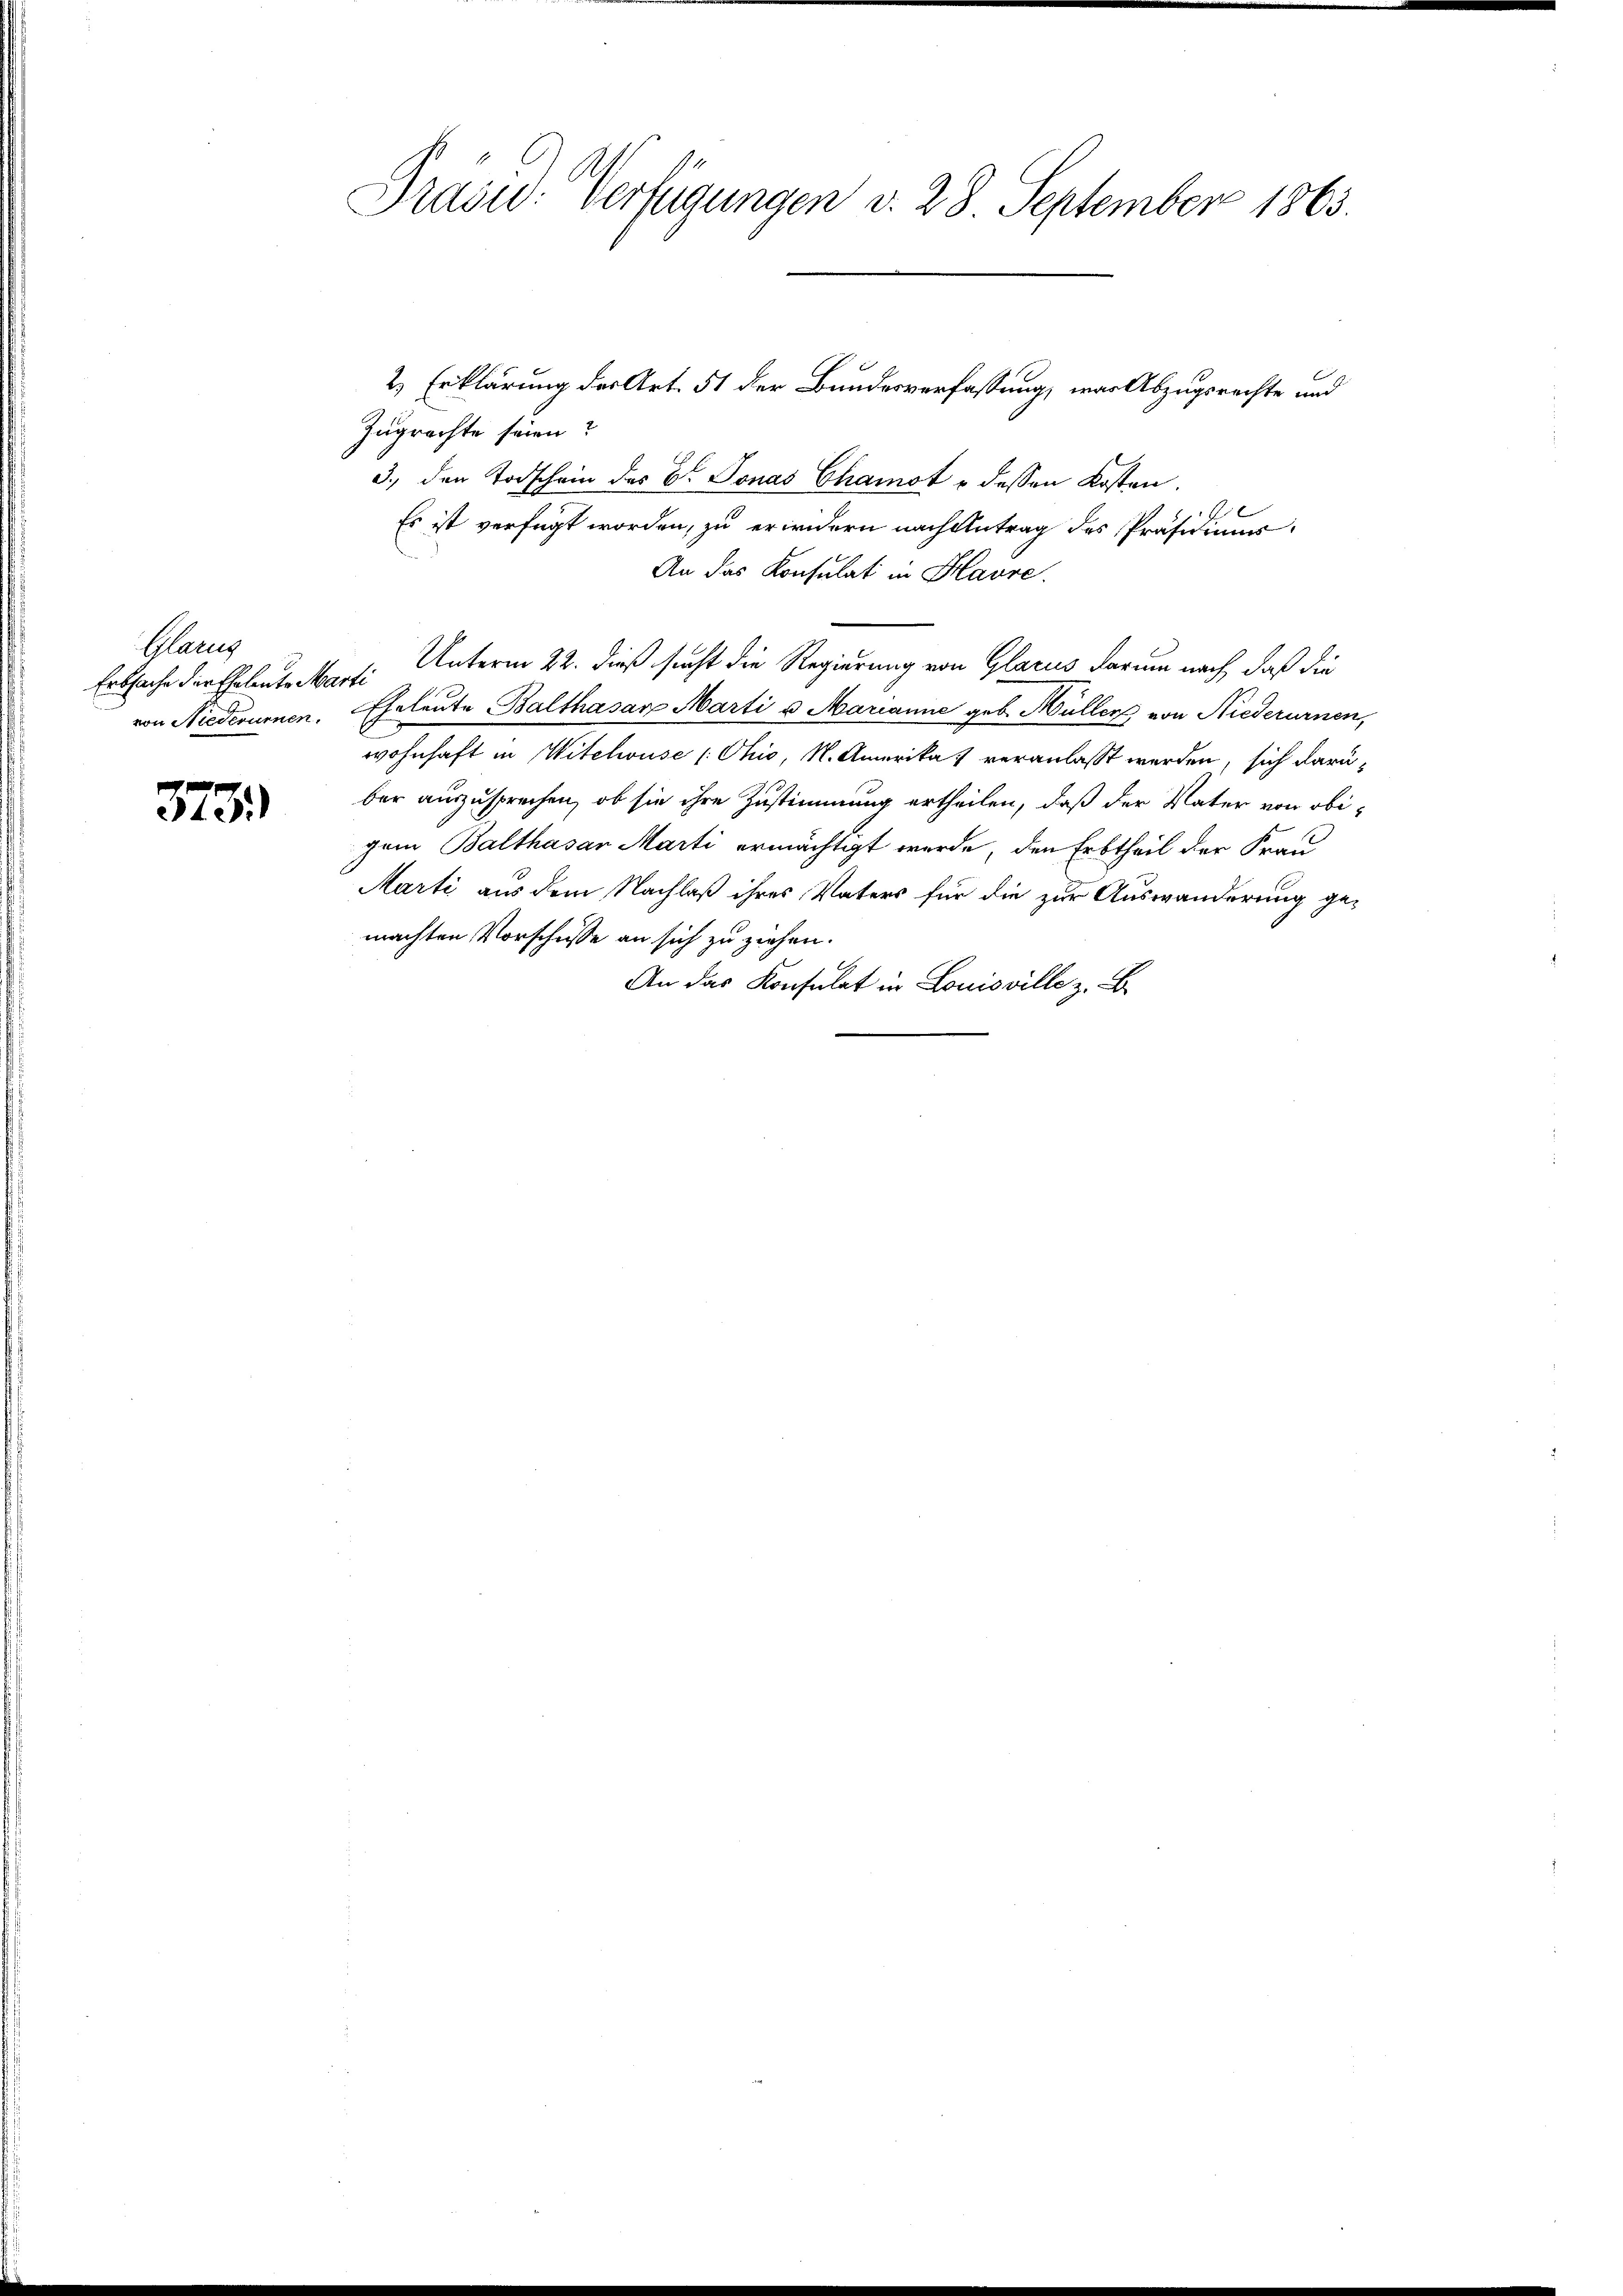
Glanz

373.

Präsid. Verfügungen v. 28. September 1863.

2.) Erklärung des Art. 51 der Bundesverfassung, war Abzugsrechte und
Zugrechte seien?
3., den Todschein des C. Jonas Chamst u dessen Kosten.
C
Es ist verfügt worden, zu erwidern nach Antrag des Präsidiums
An das Konsulat in Havre.
Erbsache der Ehebat Marti Unterm 22. dieß sucht die Regierung von Glarus darum nach, daß die
von Niederumen. Eheleute Balthasar Marti u Marianne geb. Hüller von Niederurnen,
wohnhaft in Witelwuse (Chio, N. Amerika veranlasst werden, sich darüber auszusprechen, ob sie ihre Zustimmung ertheilen, daß der Vater von obigem Balthasar Marti ermächtigt wurde, den Erbtheil der Frau
Marti aus dem Nachlaß ihres Vaters für die zur Auswanderung ge-
machten Vorschüsse an sich zu ziehen.
An das Konsulat in Louisville z. B.